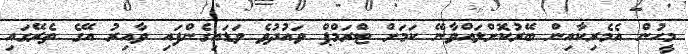
މީހުން އެމެރިކާއިން ބޭރުކޮށްލައްވާނޭ ކަމަށް ޓްރަމްޕް ވައުދުވެ ވަޑައިގެންފައި ވާއިރު އޭގެ ތެރޭގައި